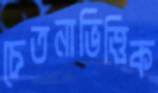
চেতনাভিত্তিক